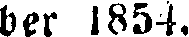
ber 1854.